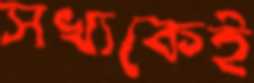
সখ্যকেই